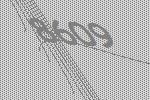
8609